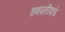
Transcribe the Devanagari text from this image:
छत्रपतीकडे